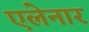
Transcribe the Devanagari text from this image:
एलेनार